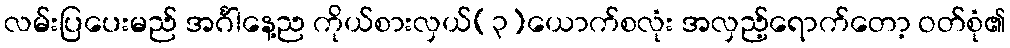
လမ်းပြပေးမည် အင်္ဂါနေ့ည ကိုယ်စားလှယ်(၃)ယောက်စလုံး အလှည့်ရောက်တော့ ဝတ်စုံ၏